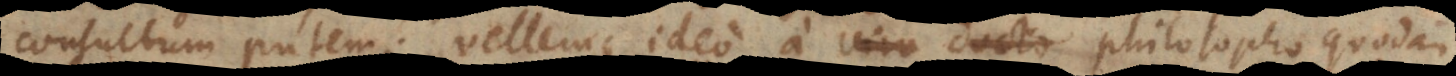
consultum putem; vellemque ideo a viro docto philosopho quodam